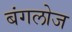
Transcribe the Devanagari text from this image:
बंगलोज